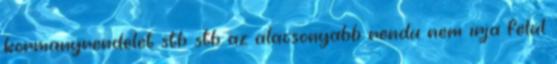
kormanyrendelet stb stb az alacsonyabb rendu nem irja felul